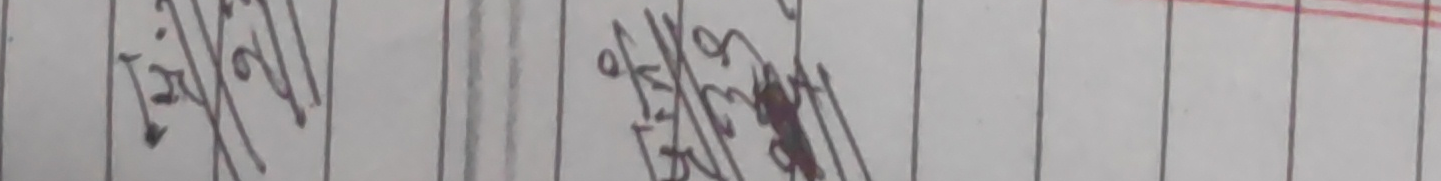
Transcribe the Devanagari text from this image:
लिना हो|
of केटि